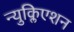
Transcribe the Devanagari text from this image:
न्युक्लिएशन